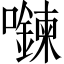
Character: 𡄮